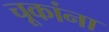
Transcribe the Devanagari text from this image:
चूकांना